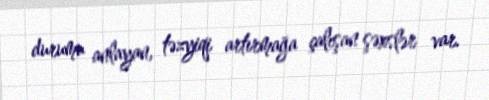
durumu anlayan, təzyiqi artırmağa çalışan şəxslər var.